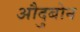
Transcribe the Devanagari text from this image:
औदुबोन